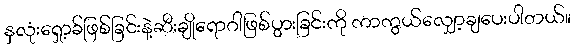
နှလုံးရှော့ခ်ဖြစ်ခြင်းနဲ့ဆီးချိုရောဂါဖြစ်ပွားခြင်းကို ကာကွယ်လျှော့ချပေးပါတယ်။